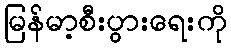
မြန်မာ့စီးပွားရေးကို